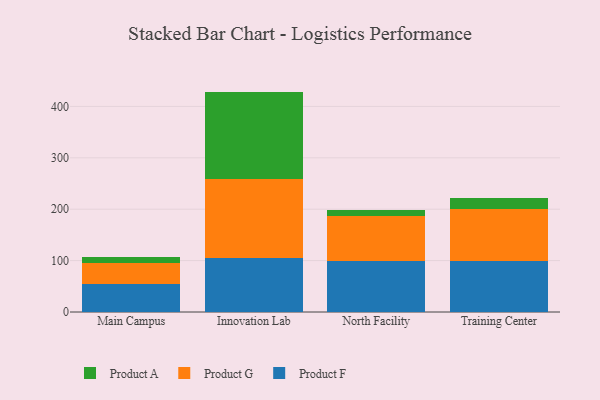
{"axis": {"x": "Campus", "y": "Backlog"}, "legend": ["Product A", "Product F", "Product G"], "data": [{"x": "Main Campus", "y": 55.0, "type": "Product F"}, {"x": "Main Campus", "y": 40.7, "type": "Product G"}, {"x": "Main Campus", "y": 10.7, "type": "Product A"}, {"x": "Innovation Lab", "y": 104.4, "type": "Product F"}, {"x": "Innovation Lab", "y": 154.6, "type": "Product G"}, {"x": "Innovation Lab", "y": 169.8, "type": "Product A"}, {"x": "North Facility", "y": 99.1, "type": "Product F"}, {"x": "North Facility", "y": 86.8, "type": "Product G"}, {"x": "North Facility", "y": 12.4, "type": "Product A"}, {"x": "Training Center", "y": 99.7, "type": "Product F"}, {"x": "Training Center", "y": 100.3, "type": "Product G"}, {"x": "Training Center", "y": 21.4, "type": "Product A"}]}